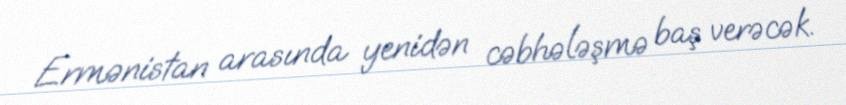
Ermənistan arasında yenidən cəbhələşmə baş verəcək.